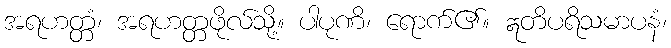
အရဟတ္တံ၊ အရဟတ္တဖိုလ်သို့။ ပါပုဏိ၊ ရောက်၏။ ဣတိပရိသမာပနံ၊